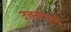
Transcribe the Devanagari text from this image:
उत्तरांमुळे